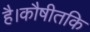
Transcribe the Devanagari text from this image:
है।कौषीतकि